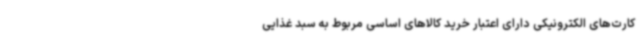
کارت‌های الکترونیکی دارای اعتبار خرید کالاهای اساسی مربوط به سبد غذایی